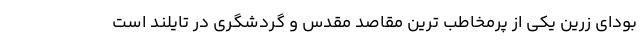
بودای زرین یکی از پرمخاطب ترین مقاصد مقدس و گردشگری در تایلند است